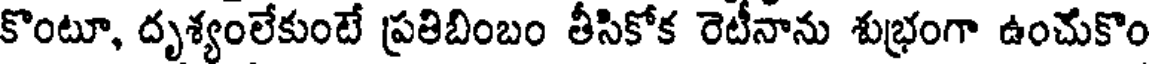
కొంటూ, దృశ్యంలేకుంటే ప్రతిబింబం తీసికోక రెటీనాను శుభ్రంగా ఉంచుకొం